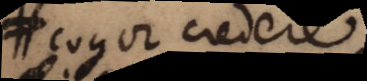
cogor credere